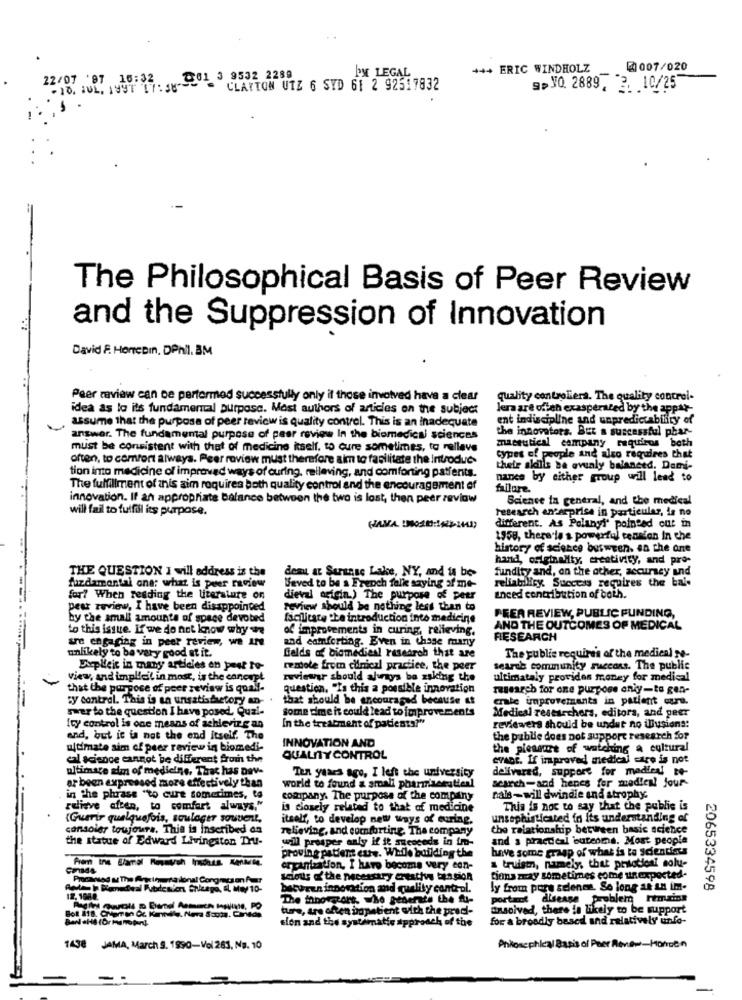
+++ ERIC WINDHOLZ
₡007/020
22/07 '97 16:32
.10. JUL. 199T 17: 58-201 3 9532 2289
I'M LEGAL
CLAYTON UTZ 6 SYD 61 2 92517832
gp JO. 2889, 3. 10/25
The Philosophical Basis of Peer Review
--
and the Suppression of Innovation
David F. HorreDin, DPhil. BM
Peer review can be performed successfully only if those involved have a clear
quality controliera. The quality control-
idea as lo its fundamental purpose. Most authors of articles on the subject
Jera are ofich exasperated by the appar-
assume that the purpose of peer review is quality control. This is an inadequate
ent indiscipline and unpredictability of
the innovators. But a successful phar-
answer. The fundamental purpose of peer review In the biomedical sciences
maceutical campany requires both
must be consistent with that of medicine itself, to cure sometimes, to rellave
often, to comfort always. Peer review must therefore aim to facilitate the Introduc-
types of people and also requires that
their skills be avualy balanced. Dami-
tion into medicine of improved ways of curing, relleving, and comforting patients.
nance by either group will lead to
The fulfillment of anis aim requires both quality control and the encouragement of
innovation. If an appropriate balance between the two is lost, then peer zeviow
Science in general, and the medical
will fail to fulfill its purpose.
research enterprise in particular, is no
different. As Polanyi' pointed out in
1958, there le a powerful teasian In the
history of science between. en the ane
hand, originality, creativity, and pro-
THE QUESTION I will address is the
fundity and, on the other, accuracy and
deau at Surinsc Lake, NY, and is be-
reliability. Success requires the bal-
fuzdamontal one: what is peter review
Beved to be a French falk saying af me-
for? When reading the literature on
dieval origin.) The purpose of peer
anced contribution of both.
pest review, I have been disappointed
review should be nothing less than to
by the small amounts of space devobed
facilitate .Le introduction into medicine
PEER REVIEW, PUBLIC FUNDING,
to this issue. If'we do not know why we
of improvements in curing, relieving.
AND THE OUTCOMES OF MEDICAL
are engaging in peer review, we IN
and comforting. Even in thage many
FIESEARCH
fields of biomedical research that are
The public requires of the medical se-
unlikely to be very good at it.
Explicit in many articles on pest ro-
remote from clinical practice, the peer
search community succons. The public
view, and implicit in most, is the canewpt
reviewsr should alunos be asking the
ultimataly provides money for medical
that the purpose of peer review is qualf-
question. "Is this a possible innovation
research for one purpose only-to gen-
sy control. This is an unsatisfactory an-
that should be encouraged because it
erte improvements in patient care.
swer to the question I have posed. Qual-
some time it could lead to improvements
Medical researchers, editora, and peer
Ity control is one means of achieving an
In the treatment of patients?"
reviewers should be undut no illusions:
end, but it is not the end itself. The
INNOVATION AND
the publie does not support research for
ultimate aim of peer review in biomedi-
the pleasure of watching a cultural
cal science cannot be different from the
QUALITY CONTROL
evAnt. If improved medical care is not
ultimate aim of medicine, That has Dav-
delivered, support for medien! to-
Ten years ago, I left the university
search-and henes fer medien! Jour-
ar been expressed more effectively than
world to found a small pharminceatienl
in the phrase "to cure sometimes, to
company. The purpose of the company
nals-will dwindie and atrophy.
relieve aften, to comfort always."
is closely related to that of medicine
This is noc to say that the public is
{Guerir quelquefois, soulager souvent,
itself, to develop new ways of curing.
unsophisticated in its understanding of
consoler toujours. This is inscribed an
relieving, and comforting. The company
the relationship between basic science
the statue of Edward Livingston Thul-
wil prosper only if it ameseeds in tro-
and a practical buteoms. Most people
proving patient cute. While building the
have some grasp of what is to scientiers
organization, I have become very con-
a truist, namely, that prilotioni solu-
Procainsed & The Angstnuma donal Congregson fur
Sous I'the necessary Creative tension
tions zzay sometimes come unexpected-
bacuren innovation and quality control.
ly from purs selenas. So long an un im-
2065334598
12. 108e.
The thhorczars, whe generate the fui-
portant disease problem remains
ture, are often patient with the pred-
masoived, there is likely to be support
sion and the systematic approach of the
for a broadly besed and relatively unfo-
1438 JAMA, March 9. 1990-Vol 261, NB. 10
Philosophical Basis of Peer Review-Hansen